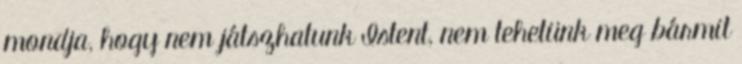
mondja, hogy nem játszhatunk Istent, nem tehetünk meg bármit